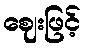
ဈေးဖြင့်